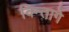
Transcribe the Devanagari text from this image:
विन्तागे